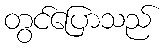
တွင်ပြောသည်